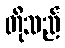
တိုသည်